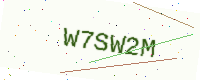
Text: W7SW2M